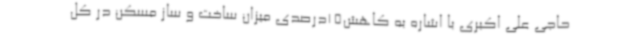
حاجی علی اکبری با اشاره به کاهش15درصدی میزان ساخت ‌و ساز مسکن در کل